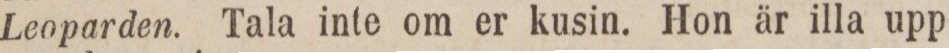
Leoparden. Tala inte om er kusin. Hon är illa upp-